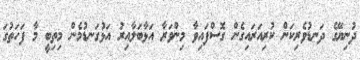
ދުނިޔޭގެ ދަނޑުވެރިކަން ކުރިއަރައިގެން ގޮސްފައިވާ މިންވަރާ އަޅާބަލާއިރު އަޅުގަނޑުމެން މިތިބީ މާ ފަހަތުގަ